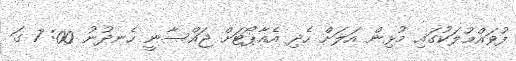
ފުވައްމުލަކުގައި މުޅިން އަލަށް ހެދި އެއާޕޯޓަށް ޖައްސާނީ ހެނދުނު 00: 7 ގަ